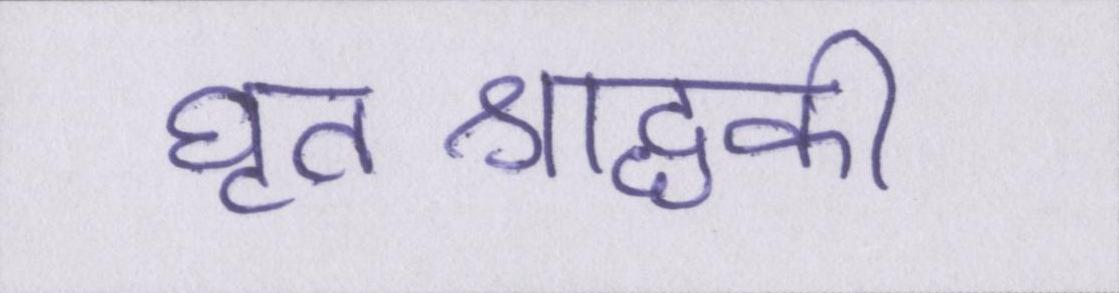
घृतश्राद्धकी